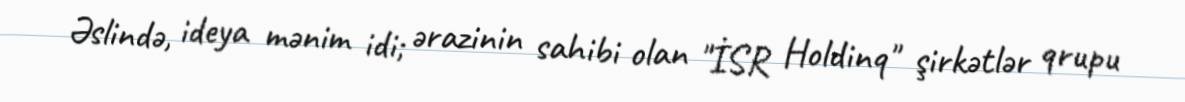
Əslində, ideya mənim idi; ərazinin sahibi olan "İSR Holdinq" şirkətlər qrupu